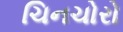
ચિનચોરો